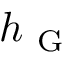
h _ { \mathrm { ~ G ~ } }